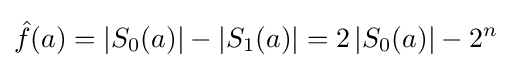
{\hat {f}}(a)=\left|S_{0}(a)\right|-\left|S_{1}(a)\right|=2\left|S_{0}(a)\right|-2^{n}